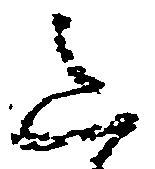
意